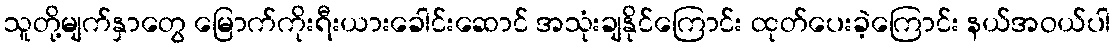
သူတို့မျက်နှာတွေ မြောက်ကိုးရီးယားခေါင်းဆောင် အသုံးချနိုင်ကြောင်း ထုတ်ပေးခဲ့ကြောင်း နယ်အဝယ်ပါ